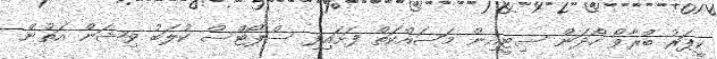
ކީޕަރު ބްރާވޯ ހޯދަން ސިޓީއިން މަސައްކަތް ފަށައިފި ސްޕޯޓްސް ކުލަބު ވިޝަން އަތުން